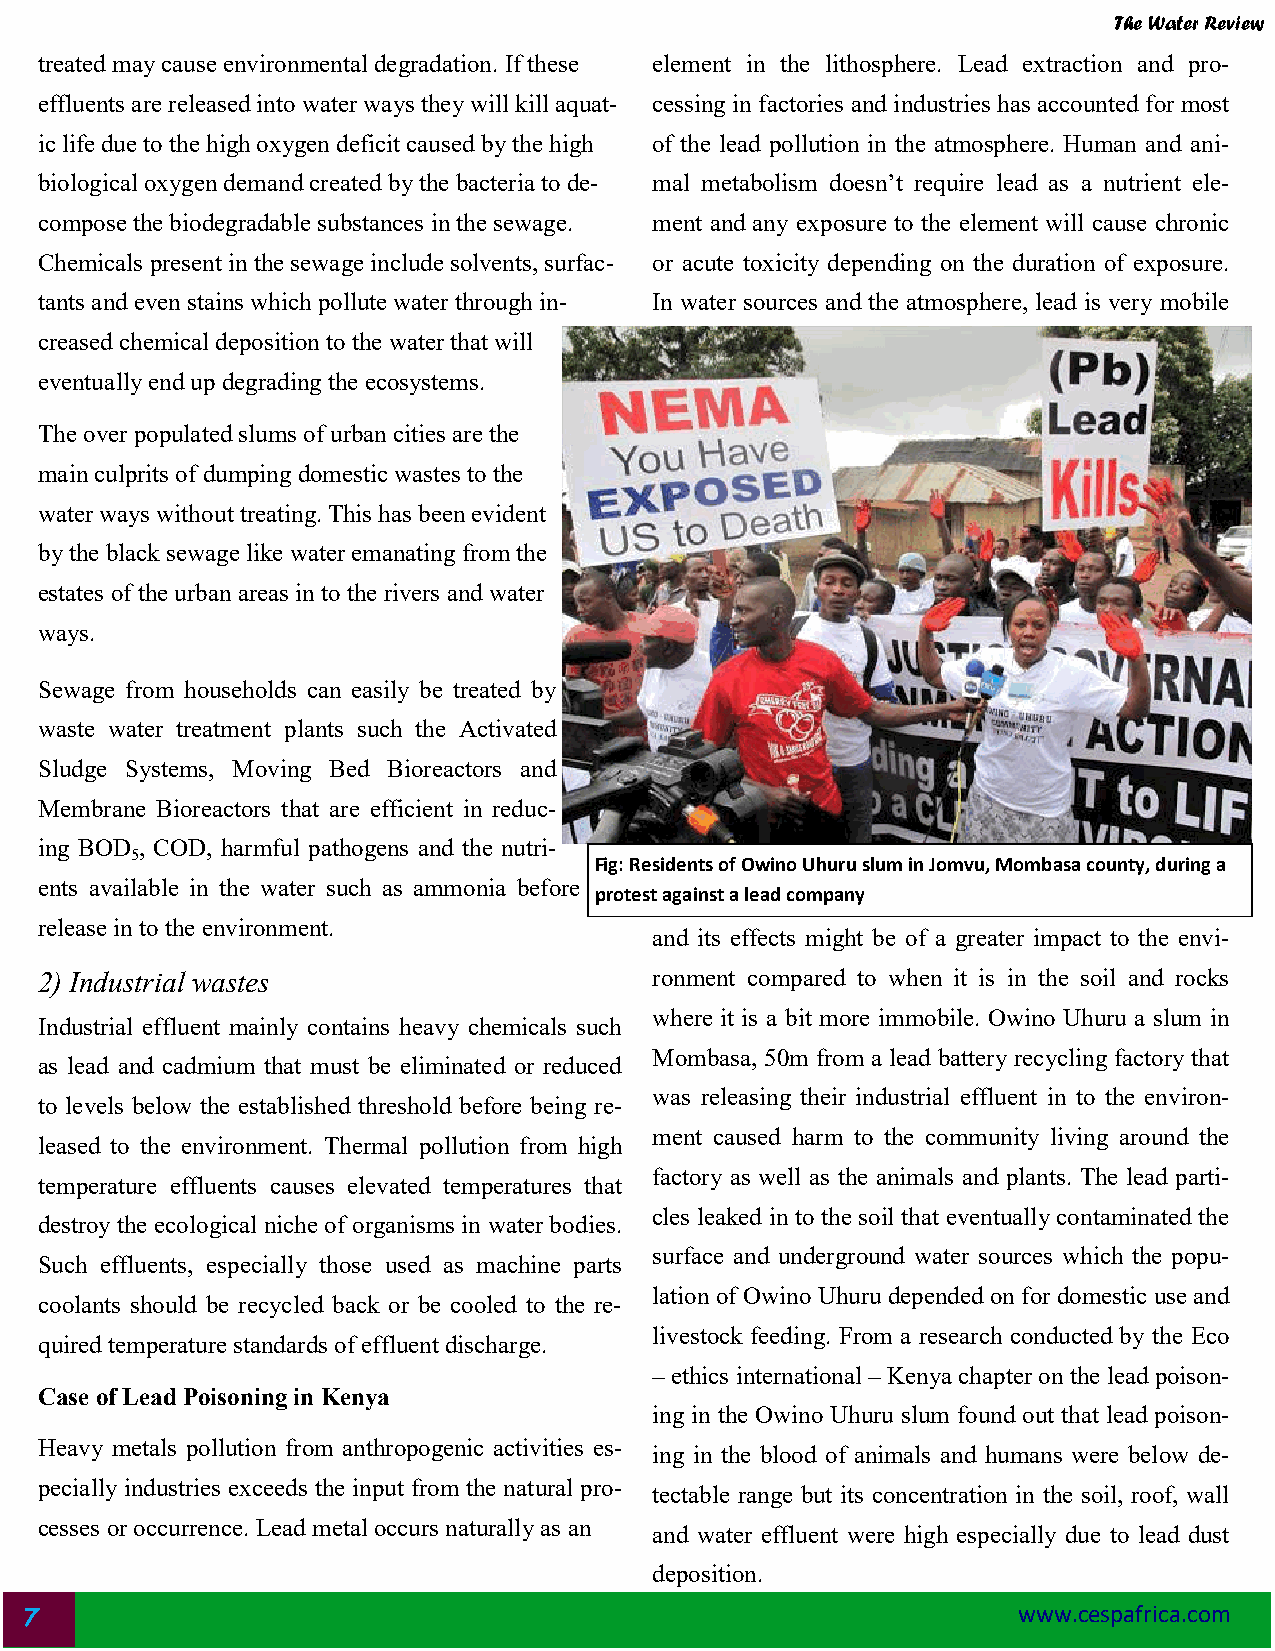
The Water Review
 treated may cause environmental degradation. If these element in the lithosphere. Lead extraction and pro-
 effluents are released into water ways they will kill aquat- cessing in factories and industries has accounted for most
 ic life due to the high oxygen deficit caused by the high of the lead pollution in the atmosphere. Human and ani-
 biological oxygen demand created by the bacteria to de- mal metabolism doesn’t require lead as a nutrient ele-
 compose the biodegradable substances in the sewage. ment and any exposure to the element will cause chronic
 Chemicals present in the sewage include solvents, surfac- or acute toxicity depending on the duration of exposure.
 tants and even stains which pollute water through in- In water sources and the atmosphere, lead is very mobile
 creased chemical deposition to the water that will
 eventually end up degrading the ecosystems.
 The over populated slums of urban cities are the
 main culprits of dumping domestic wastes to the
 water ways without treating. This has been evident
 by the black sewage like water emanating from the
 estates of the urban areas in to the rivers and water
 ways.
 Sewage from households can easily be treated by
 waste water treatment plants such the Activated
 Sludge Systems, Moving Bed Bioreactors and
 Membrane Bioreactors that are efficient in reduc-
 ing BOD , COD, harmful pathogens and the nutri-
 5
 Fig: Residents of Owino Uhuru slum in Jomvu, Mombasa county, during a
 ents available in the water such as ammonia before
 protest against a lead company
 release in to the environment.
 and its effects might be of a greater impact to the envi-
 2) Industrial wastes                    ronment compared to when it is in the soil and rocks
 where it is a bit more immobile. Owino Uhuru a slum in
 Industrial effluent mainly contains heavy chemicals such
 Mombasa, 50m from a lead battery recycling factory that
 as lead and cadmium that must be eliminated or reduced
 was releasing their industrial effluent in to the environ-
 to levels below the established threshold before being re-
 ment caused harm to the community living around the
 leased to the environment. Thermal pollution from high
 factory as well as the animals and plants. The lead parti-
 temperature effluents causes elevated temperatures that
 cles leaked in to the soil that eventually contaminated the
 destroy the ecological niche of organisms in water bodies.
 surface and underground water sources which the popu-
 Such effluents, especially those used as machine parts
 lation of Owino Uhuru depended on for domestic use and
 coolants should be recycled back or be cooled to the re-
 livestock feeding. From a research conducted by the Eco
 quired temperature standards of effluent discharge.
 – ethics international – Kenya chapter on the lead poison-
 Case of Lead Poisoning in Kenya
 ing in the Owino Uhuru slum found out that lead poison-
 Heavy metals pollution from anthropogenic activities es-
 ing in the blood of animals and humans were below de-
 pecially industries exceeds the input from the natural pro-
 tectable range but its concentration in the soil, roof, wall
 cesses or occurrence. Lead metal occurs naturally as an
 and water effluent were high especially due to lead dust
 deposition.
 7                                                                 www.cespafrica.com